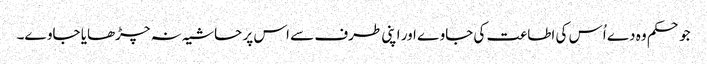
جو حکم وہ دے اُس کی اطاعت کی جاوے اور اپنی طرف سے اس پر حاشیہ نہ چڑھایا جاوے۔